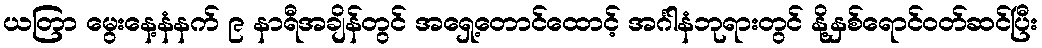
ယတြာ မွေးနေ့နံနက် ၉ နာရီအချိန်တွင် အရှေ့တောင်ထောင့် အင်္ဂါနံဘုရားတွင် နို့နှစ်ရောင်ဝတ်ဆင်ပြီး